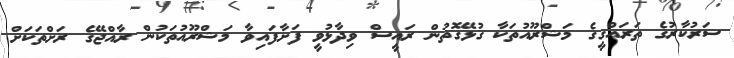
ސަރުކާރުގެ ތަރައްގީގެ މަޝްރޫއުތަކާ ގުޅޭގޮތުން ރައީސް ވިދާޅުވީ ފަށާފައިވާ މަޝްރޫއުތަކުން ރާއްޖޭގެ ރަށްތަކަށް